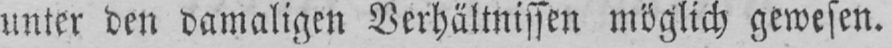
unter den damaligen Verhältnissen möglich gewesen.